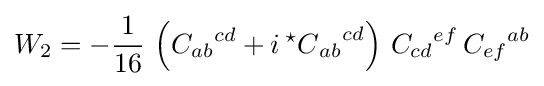
W_{2}=-{\frac {1}{16}}\,\left({C_{ab}}^{cd}+i\,{{{}^{\star }C}_{ab}}^{cd}\right)\,{C_{cd}}^{ef}\,{C_{ef}}^{ab}